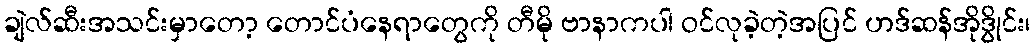
ချဲလ်ဆီးအသင်းမှာတော့ တောင်ပံနေရာတွေကို တီမို ဗာနာကပါ ဝင်လုခဲ့တဲ့အပြင် ဟဒ်ဆန်အိုဒွိုင်း၊